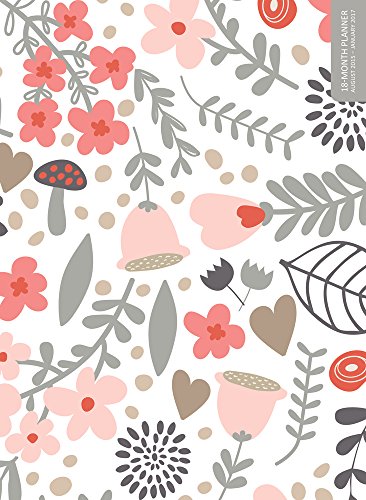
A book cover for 2016 Folksy Flowers Simplicity 18 Month Planner; TF Publishing; Calendars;